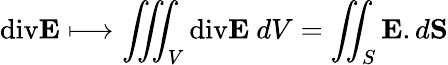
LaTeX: \textrm{div}\textbf{E}\longmapsto\iiint_{V}\textrm{div}\textbf{E}\ dV=\iint_{S}\textbf{E}.d\textbf{S}